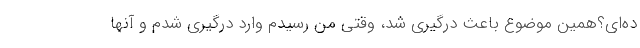
ده‌ای؟همین موضوع باعث درگیری شد، وقتی من رسیدم وارد درگیری شدم و آنها